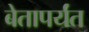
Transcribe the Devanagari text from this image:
बेतापर्यंत